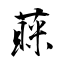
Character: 蔝